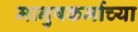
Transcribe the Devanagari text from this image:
मानुषकर्माच्या